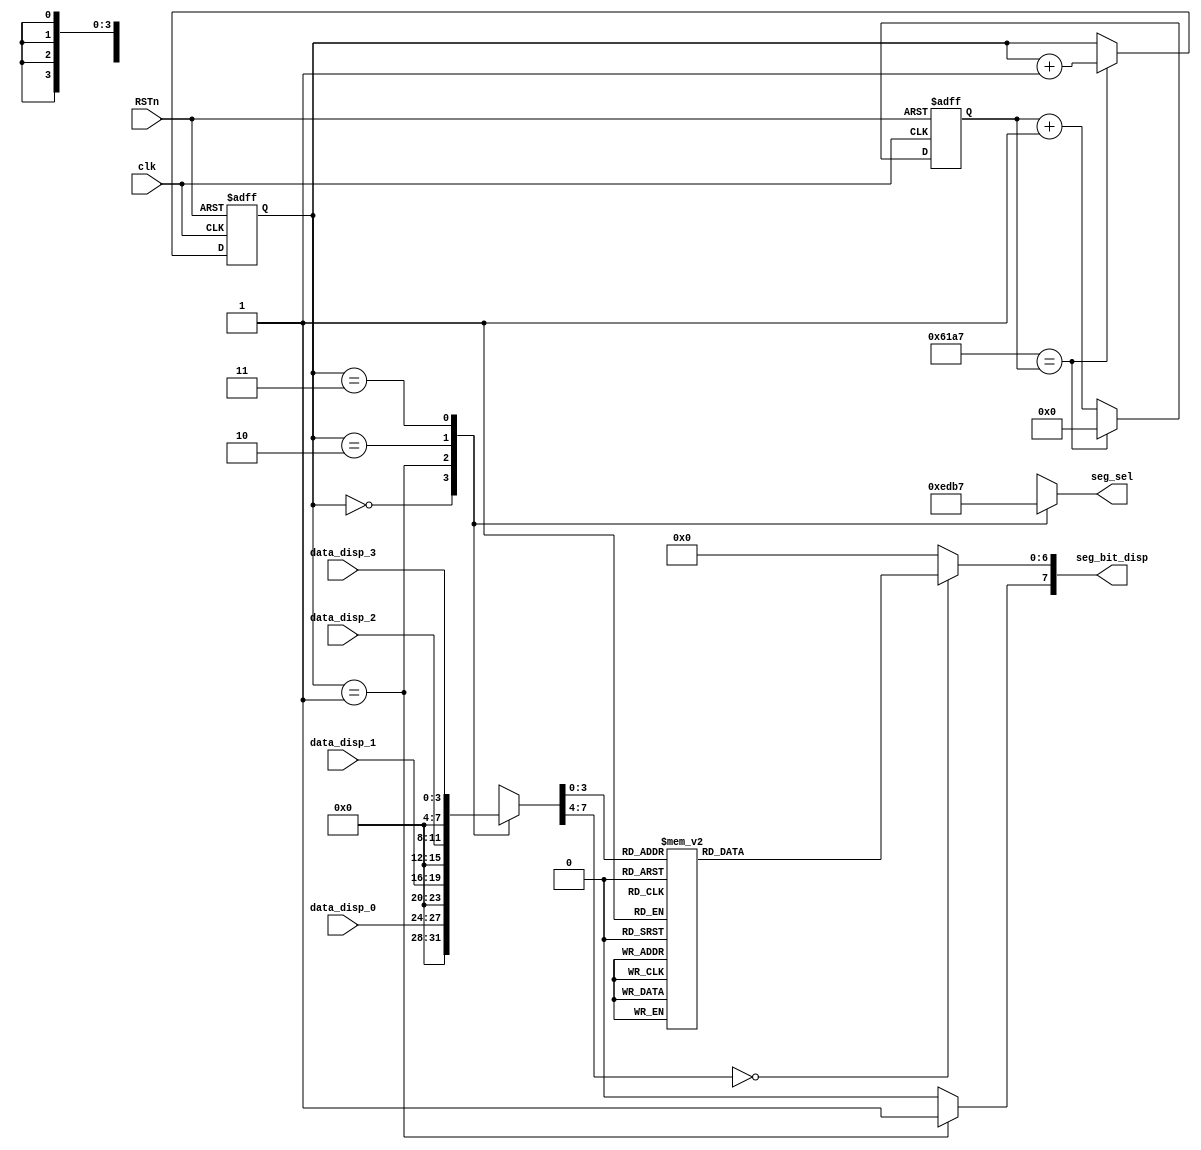
module SegDecoder#(
	parameter CNT_WIDTH = 16,
	parameter CNT_MAX   = 16'd24999
	)(	

	input  wire       clk,
	input  wire       RSTn,
	input  wire [3:0] data_disp_3,//the leftmost seg data in
	input  wire [3:0] data_disp_2,
	input  wire [3:0] data_disp_1,
	input  wire [3:0] data_disp_0,
	
	output reg  [7:0] seg_bit_disp,
	output reg  [3:0] seg_sel	//seg_sel[3] = 0, the leftmost seg is valid
	
	
);

reg [CNT_WIDTH - 1:0]cnt;
reg             [1:0]seg_sel_cnt;
reg             [7:0]data_disp; 

always @(posedge clk or negedge RSTn)
	if(!RSTn)
		cnt <= 32'd0;
	else if(CNT_MAX == cnt)
		cnt <= 32'd0;
	else 
		cnt <= cnt + 1'b1;
		
always @(posedge clk or negedge RSTn)
	if(!RSTn)
		seg_sel_cnt <= 2'd0;
	else if(CNT_MAX == cnt)
		seg_sel_cnt <= seg_sel_cnt + 1'b1;

always @ (*)
	case (seg_sel_cnt)
		2'b00 : seg_sel = 4'b1110;
		2'b01 :	seg_sel = 4'b1101;
		2'b10 : seg_sel = 4'b1011;
		2'b11 : seg_sel = 4'b0111;		
	endcase

always @ (*)
	case (seg_sel_cnt)
		2'b00 : data_disp = data_disp_0;
		2'b01 :	data_disp = data_disp_1;
		2'b10 : data_disp = data_disp_2;
		2'b11 : data_disp = data_disp_3;
	endcase

always @ (*)
	case(data_disp)
		4'h0 : seg_bit_disp[6:0] = 7'h3f;
		4'h1 : seg_bit_disp[6:0] = 7'h06;
		4'h2 : seg_bit_disp[6:0] = 7'h5b;
		4'h3 : seg_bit_disp[6:0] = 7'h4f;
		4'h4 : seg_bit_disp[6:0] = 7'h66;
		4'h5 : seg_bit_disp[6:0] = 7'h6d;
		4'h6 : seg_bit_disp[6:0] = 7'h7d;
		4'h7 : seg_bit_disp[6:0] = 7'h07;
		4'h8 : seg_bit_disp[6:0] = 7'h7f;
		4'h9 : seg_bit_disp[6:0] = 7'h6f;
		4'ha : seg_bit_disp[6:0] = 7'h77;
		4'hb : seg_bit_disp[6:0] = 7'h7c;
		4'hc : seg_bit_disp[6:0] = 7'h39;
		4'hd : seg_bit_disp[6:0] = 7'h5e;
		4'he : seg_bit_disp[6:0] = 7'h79;
		4'hf : seg_bit_disp[6:0] = 7'h71;
		default :seg_bit_disp[6:0] = 7'h00;
	endcase			
	
always @(*)
	seg_bit_disp[7] = (seg_sel_cnt == 2'b01) ? 1'b1 : 1'b0;		
		
endmodule